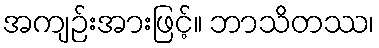
အကျဉ်းအားဖြင့်။ ဘာသိတဿ၊